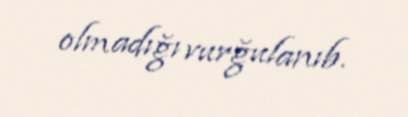
olmadığı vurğulanıb.